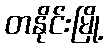
တနိုင်းမြို့